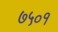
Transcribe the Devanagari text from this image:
७५०१